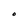
Character: O